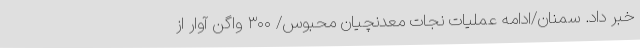
خبر داد. سمنان/ادامه عملیات نجات معدنچیان محبوس/ ۳۰۰ واگن آوار از